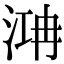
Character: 㴂